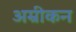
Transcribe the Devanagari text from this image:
अम्रीकन